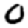
Digit: 0